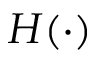
H ( \cdot )